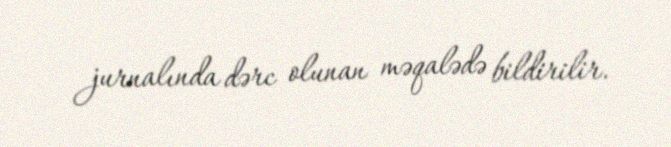
jurnalında dərc olunan məqalədə bildirilir.